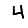
Digit: 4